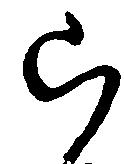
ら